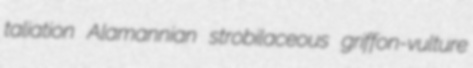
taliation Alamannian strobilaceous griffon-vulture